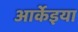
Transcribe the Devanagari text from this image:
आर्केइया